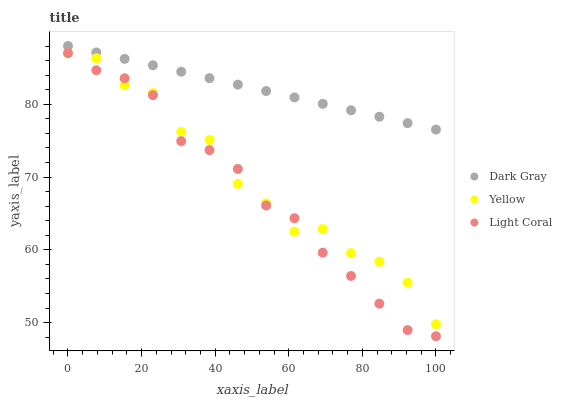
| xaxis_label | Dark Gray | Yellow | Light Coral |
 | --- | --- | --- | --- |
 | 0 | 88 | 87 | 87 |
 | 7.69 | 87.1 | 86.3 | 84.7 |
 | 15.4 | 86.2 | 82.6 | 83.6 |
 | 23.1 | 85.4 | 81.5 | 81.3 |
 | 30.8 | 84.5 | 76.2 | 74.9 |
 | 38.5 | 83.6 | 75.1 | 73.7 |
 | 46.2 | 82.7 | 69.1 | 71.1 |
 | 53.8 | 81.8 | 66.4 | 66.1 |
 | 61.5 | 80.9 | 62.5 | 64.3 |
 | 69.2 | 80.1 | 62.8 | 59.6 |
 | 76.9 | 79.2 | 59.5 | 56.4 |
 | 84.6 | 78.3 | 58.4 | 52.6 |
 | 92.3 | 77.4 | 55.5 | 49 |
 | 100 | 76.5 | 49.8 | 48.1 |